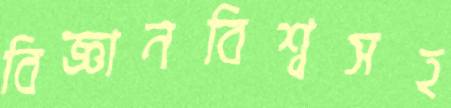
বিজ্ঞানবিশ্বসহ